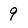
Character: 9